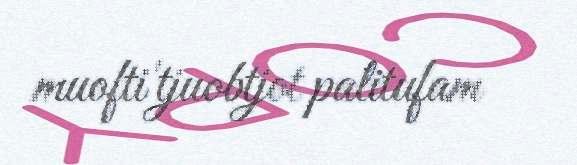
muofti'tjuobtjot palitufam